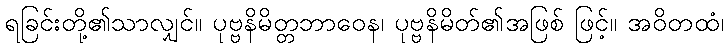
ရခြင်းတို့၏သာလျှင်။ ပုဗ္ဗနိမိတ္တဘာဝေန၊ ပုဗ္ဗနိမိတ်၏အဖြစ် ဖြင့်။ အဝိတထံ၊